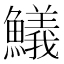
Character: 䲑